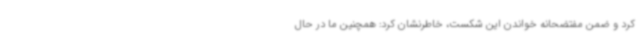
کرد و ضمن مفتضحانه خواندن این شکست، خاطرنشان کرد: همچنین ما در حال